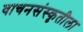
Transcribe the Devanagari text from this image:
वाचनसंस्कृतीला